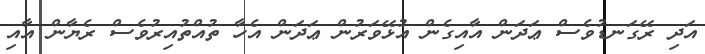
އަދި ރޭގަނޑުވެސް ޢަދަން އާއިގެން އުޅޭވަރުން ޢަދަން އެހާ ތުއްތުއިރުވެސް ރެޔާން އާއި